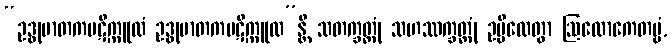
“ဥဒ္ဓုမာတကပဋိက္ကူလံ ဥဒ္ဓုမာတကပဋိက္ကူလ”န္တိ သတက္ခတ္တုံ သဟဿက္ခတ္တုံ ဥမ္မီလေတွာ ဩလောကေတဗ္ဗံ,